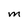
Character: M